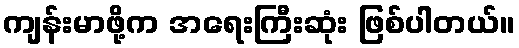
ကျန်းမာဖို့က အရေးကြီးဆုံး ဖြစ်ပါတယ်။